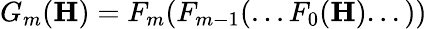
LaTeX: G_{m}(\boldsymbol{\textbf{H}})=F_{m}(F_{m-1}(...F_{0}(\boldsymbol{\textbf{H}})...))